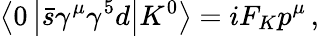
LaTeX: \left<0\left|\bar{s}\gamma^{\mu}\gamma^{5}d\right|K^{0}\right>=iF_{K}p^{\mu}\, ,